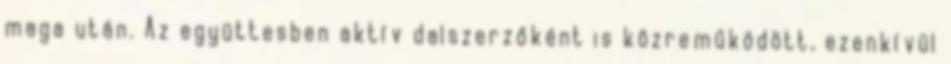
maga után. Az együttesben aktív dalszerzőként is közreműködött, ezenkívül